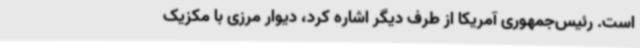
است. رئیس‌جمهوری آمریکا از طرف دیگر اشاره کرد، دیوار مرزی با مکزیک